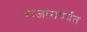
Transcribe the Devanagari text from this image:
बाजारापर्यंत